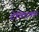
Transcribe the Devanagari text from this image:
टेक्टिक्स